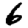
Digit: 6